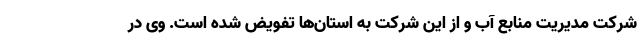
شرکت مدیریت منابع آب و از این شرکت به استان‌ها تفویض شده است. وی در